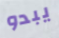
يبدو